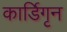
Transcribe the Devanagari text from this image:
कार्डिगृन